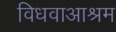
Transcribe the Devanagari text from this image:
विधवाआश्रम